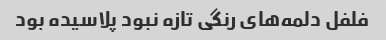
فلفل دلمه‌های رنگی تازه نبود پلاسیده بود